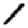
Digit: 1